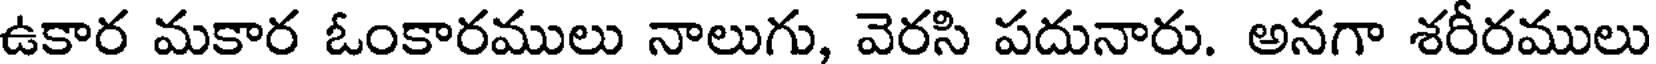
ఉకార మకార ఓంకారములు నాలుగు, వెరసి పదునారు. అనగా శరీరములు